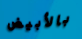
بالأبيض